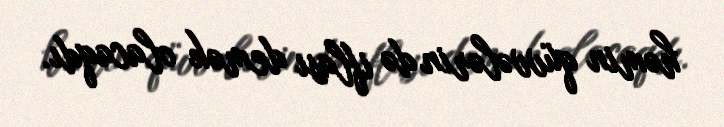
həmin qüvvələrin də iflası demək olacaqdı.